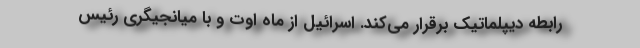
رابطه دیپلماتیک برقرار می‌کند. اسرائیل از ماه اوت و با میانجیگری رئیس